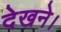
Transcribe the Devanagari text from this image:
देखने।